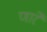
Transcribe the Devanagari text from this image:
णारे